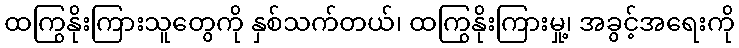
ထကြွနိုးကြားသူတွေကို နှစ်သက်တယ်၊ ထကြွနိုးကြားမှု့၊ အခွင့်အရေးကို